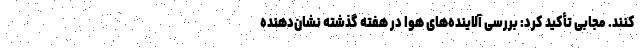
کنند. مجابی تأکید کرد: بررسی آلاینده‌های هوا در هفته گذشته نشان‌دهنده